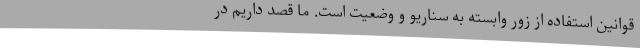
قوانین استفاده از زور وابسته به سناریو و وضعیت است. ما قصد داریم در